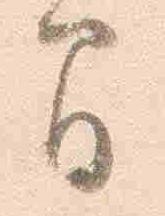
間